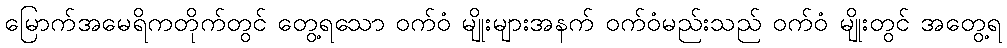
မြောက်အမေရိကတိုက်တွင် တွေ့ရသော ဝက်ဝံ မျိုးများအနက် ဝက်ဝံမည်းသည် ဝက်ဝံ မျိုးတွင် အတွေ့ရ